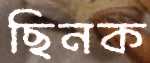
ছিনক